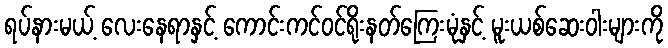
ရပ်နားမယ့် လေးနေရာနှင့် ကောင်းကင်ဝင်ရိုးနတ်ကြေးမုံနှင့် မူးယစ်ဆေးဝါးများကို